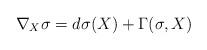
LaTeX: \begin{align*}\nabla_{X}\sigma=d\sigma(X)+\Gamma(\sigma,X)\end{align*}